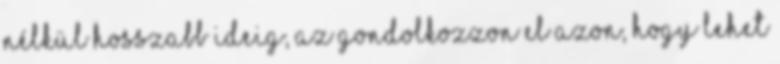
nélkül hosszabb ideig, az gondolkozzon el azon, hogy lehet